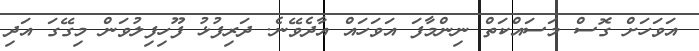
އަވަހަށް ގޮސް މަސައްކަތް ނިންމާފަ އަވަހައް އާދެވޭނެ. ދަރިފުޅު ފޫހިފިލުވަން މިގޭގަ އަދި